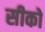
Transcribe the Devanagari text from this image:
सीको